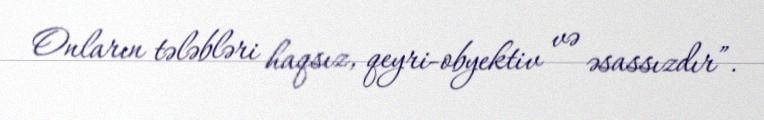
Onların tələbləri haqsız, qeyri-obyektiv və əsassızdır”.